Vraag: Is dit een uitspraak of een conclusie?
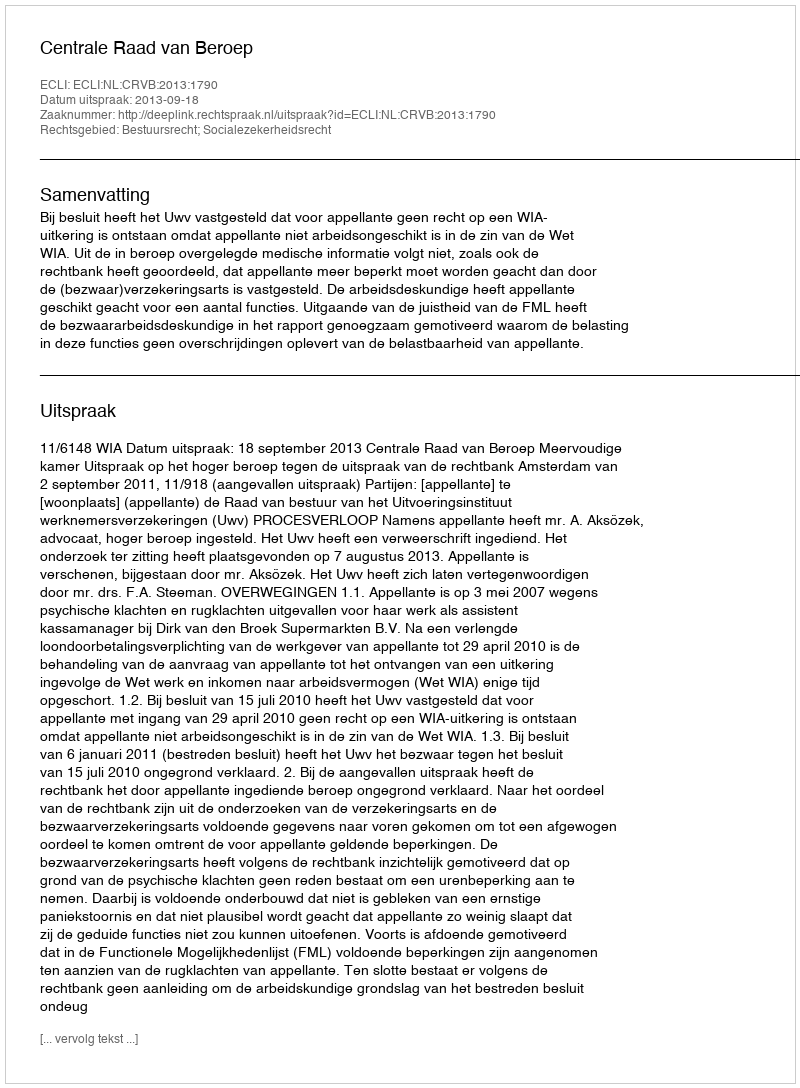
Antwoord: Uitspraak